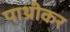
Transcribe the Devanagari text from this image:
पाथ्रीकर